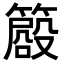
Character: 𥳨